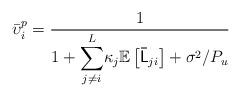
LaTeX: \begin{align*}\bar{\upsilon}_{i}^{p}=\dfrac{1}{1+{\displaystyle \sum_{j\neq i}^{L}}\kappa_{j}\mathbb{E}\left[\mathsf{\bar{L}}_{ji}\right]+\sigma^{2}/P_u}\end{align*}